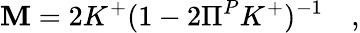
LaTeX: \mathbf{M}=2K^{+}(1-2\Pi^{P}K^{+})^{-1}\quad,